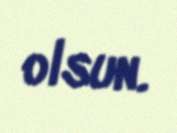
olsun.